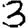
Digit: 3